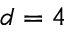
d = 4